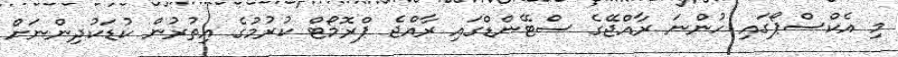
މި އެކްސްޕޯގައި ހުންނަ ރާއްޖޭގެ ސްޓޭންޑްގައި ރާއްޖެ ޕްރޮމޯޓް ކުުރުމުގެ އިތުރުން ކުޑަކުދިންނަށް